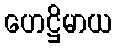
ဟေဋ္ဌိမာယ